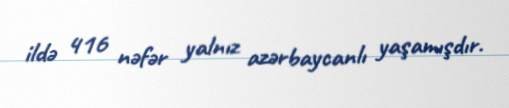
ildə 416 nəfər yalnız azərbaycanlı yaşamışdır.